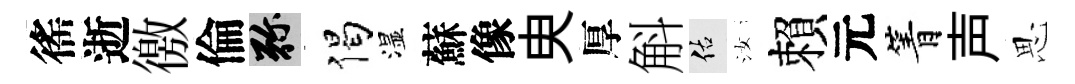
徭逝徼倫弥偈湿蘇像㬰厚斛佑汝賴元箐声思